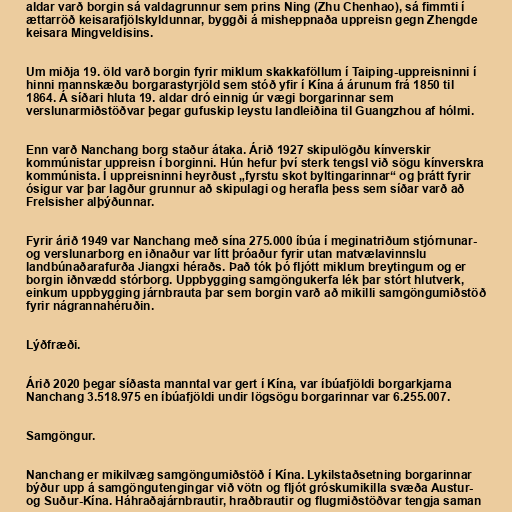
aldar varð borgin sá valdagrunnur sem prins Ning (Zhu Chenhao), sá fimmti í
ættarröð keisarafjölskyldunnar, byggði á misheppnaða uppreisn gegn Zhengde
keisara Mingveldisins.

Um miðja 19. öld varð borgin fyrir miklum skakkaföllum í Taiping-uppreisninni í
hinni mannskæðu borgarastyrjöld sem stóð yfir í Kína á árunum frá 1850 til
1864. Á síðari hluta 19. aldar dró einnig úr vægi borgarinnar sem
verslunarmiðstöðvar þegar gufuskip leystu landleiðina til Guangzhou af hólmi.

Enn varð Nanchang borg staður átaka. Árið 1927 skipulögðu kínverskir
kommúnistar uppreisn í borginni. Hún hefur því sterk tengsl við sögu kínverskra
kommúnista. Í uppreisninni heyrðust „fyrstu skot byltingarinnar“ og þrátt fyrir
ósigur var þar lagður grunnur að skipulagi og herafla þess sem síðar varð að
Frelsisher alþýðunnar.

Fyrir árið 1949 var Nanchang með sína 275.000 íbúa í meginatriðum stjórnunar-
og verslunarborg en iðnaður var lítt þróaður fyrir utan matvælavinnslu
landbúnaðarafurða Jiangxi héraðs. Það tók þó fljótt miklum breytingum og er
borgin iðnvædd stórborg. Uppbygging samgöngukerfa lék þar stórt hlutverk,
einkum uppbygging járnbrauta þar sem borgin varð að mikilli samgöngumiðstöð
fyrir nágrannahéruðin.

Lýðfræði.

Árið 2020 þegar síðasta manntal var gert í Kína, var íbúafjöldi borgarkjarna
Nanchang 3.518.975 en íbúafjöldi undir lögsögu borgarinnar var 6.255.007.

Samgöngur.

Nanchang er mikilvæg samgöngumiðstöð í Kína. Lykilstaðsetning borgarinnar
býður upp á samgöngutengingar við vötn og fljót gróskumikilla svæða Austur-
og Suður-Kína. Háhraðajárnbrautir, hraðbrautir og flugmiðstöðvar tengja saman